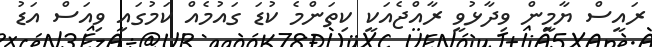
ރައީސް ޔާމީން ވިދާޅުވީ ރާއްޖެއަކީ ކިތަންމެ ކުޑަ ގައުމެއް ކަމުގައި ވިއަސް އަޑު